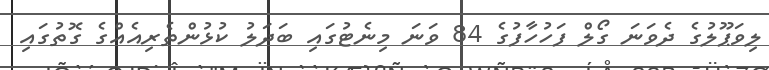
ލިވަޕޫލުގެ ދެވަނަ ގޯލް ފަހުހާފުގެ 84 ވަނަ މިނެޓުގައި ބަދަލު ކުޅުންތެރިއެއްގެ ގޮތުގައި